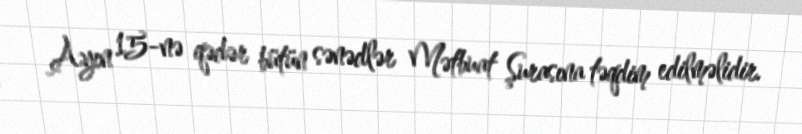
Ayın 15-nə qədər bütün sənədlər Mətbuat Şurasına təqdim edilməlidir.